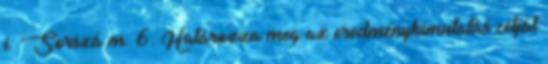
i. Sorszá m. 6. Határozza meg az eredménykimutatás célját